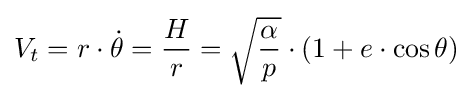
V_{t}=r\cdot {\dot {\theta }}={\frac {H}{r}}={\sqrt {\frac {\alpha }{p}}}\cdot (1+e\cdot \cos \theta )